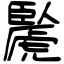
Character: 䖙